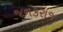
જનકરાજ